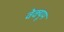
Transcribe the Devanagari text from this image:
वेक्यूम